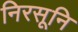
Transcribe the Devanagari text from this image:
निरसूनि